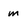
Character: m